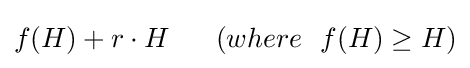
f(H)+r\cdot H~~~~~(where~~f(H)\geq H)